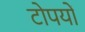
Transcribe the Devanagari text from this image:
टोपयों